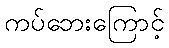
ကပ်ဘေးကြောင့်